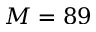
M = 8 9